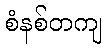
စံနစ်တကျ